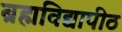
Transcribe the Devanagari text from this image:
ब्रह्मविद्यापीठ